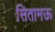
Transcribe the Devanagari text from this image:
सितामऊ